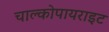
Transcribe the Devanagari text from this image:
चाल्कोपायराइट